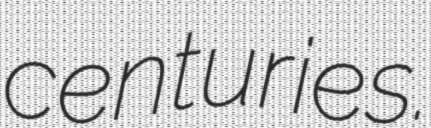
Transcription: centuries.